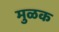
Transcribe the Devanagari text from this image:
मुळक